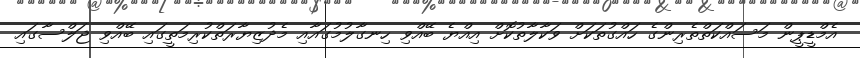
އެމްޑީޕީން މަސައްކަތްތެރިންގެ ހައްގުތަކަށް ވަކާލާތުކޮށް އިއްޔެ ބޭއްވި ހިނގާލުމުގައާއި މެދުޒިޔާރަތްކުރިމަތީގައި ބޭއްވި ޖަލްސާގައި